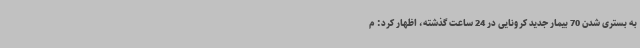
به بستری شدن 70 بیمار جدید کرونایی در 24 ساعت گذشته، اظهار کرد: م